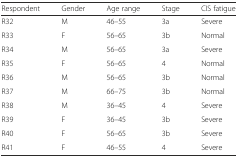
| Respondent | Gender | Age range | Stage | CIS fatigue |
 | --- | --- | --- | --- | --- |
 | R32 | M | 46–55 | 3a | Severe |
 | R33 | F | 56–65 | 3b | Normal |
 | R34 | M | 56–65 | 3a | Severe |
 | R35 | F | 56–65 | 4 | Normal |
 | R36 | M | 56–65 | 3b | Normal |
 | R37 | M | 66–75 | 3b | Normal |
 | R38 | M | 36–45 | 4 | Severe |
 | R39 | F | 36–45 | 3b | Severe |
 | R40 | F | 56–65 | 3b | Severe |
 | R41 | F | 46–55 | 4 | Severe |